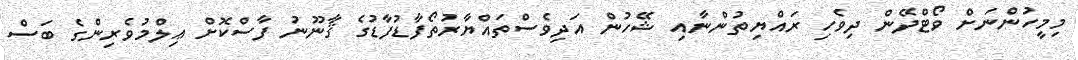
މިމީހުންނަށް ވޯޓްދޭން ދިވެހި ރައްޔިތުންނާއި ޝޭހުން އަދިވެސްތައްޔާރުތޯފާޑުފާޑުގެ ޤާނޫނު ފާސްކޮށް ޢިލްމުވެރިންގެ ބަސް